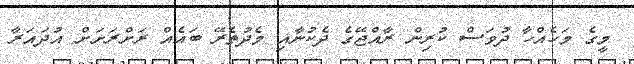
މީގެ މަހެއްހާ ދުވަސް ކުރިން ރާއްޖޭގެ ދެކުނާއި މެދުތެރޭ ބައެއް ރަށްރަށަށް އުދައަރާ